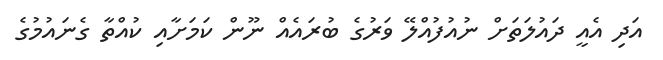
އަދި އެއީ ދައުލަތަށް ނުއުފުއްލޭ ވަރުގެ ބުރައެއް ނޫން ކަމަށާއި ކުއްތާ ގެނައުމުގެ